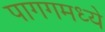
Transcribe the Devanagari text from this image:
पागगमध्ये